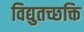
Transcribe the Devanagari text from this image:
विद्युतच्छक्ति